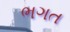
ભગત